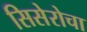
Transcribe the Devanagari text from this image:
सिसेरोचा